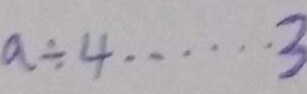
a \div 4 \cdots 3